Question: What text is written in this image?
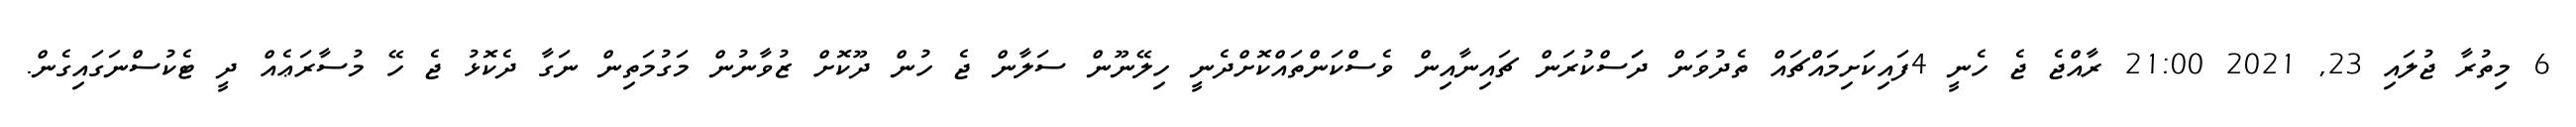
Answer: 6 މިތުރާ ޖުލައި 23, 2021 21:00 ރާއްޖެ ޖެ ހެނީ 4ފައިކަށިމައްޗައް ތެދުވަން ދަަސްކުރަން ޗައިނާއިން ވެސްކަންތައްކޮށްދެނީ ހިލޭނޫން ސަލާން ޖެ ހުން ދޫކޮށް ޒުވާނުން މަގުމަތިން ނަގާ ދެކޮޅު ޖެ ހޭ މުސާރަޢެއް ދީ ޓެކުސްނަގައިގެން.